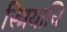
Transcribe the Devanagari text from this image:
स्त्रियाचि